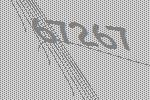
67267